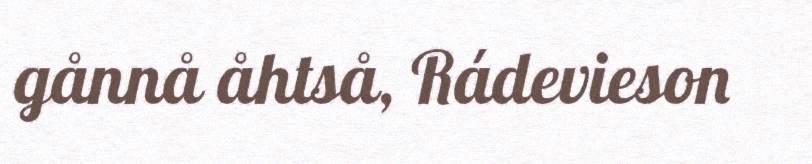
gånnå åhtså, Rádevieson